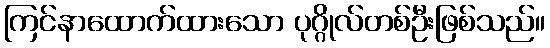
ကြင်နာထောက်ထားသော ပုဂ္ဂိုလ်တစ်ဦးဖြစ်သည်။